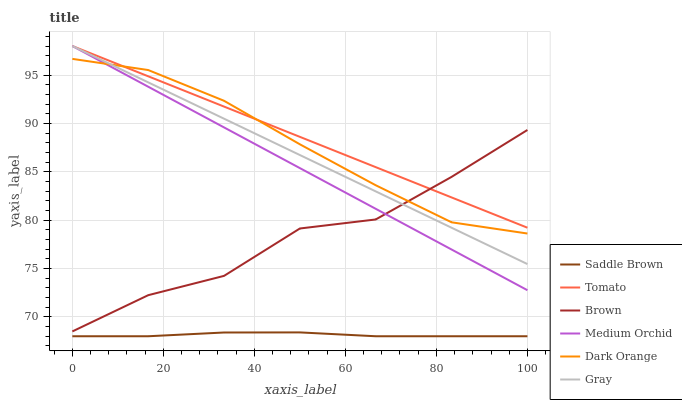
| xaxis_label | Saddle Brown | Tomato | Brown | Medium Orchid | Dark Orange | Gray |
 | --- | --- | --- | --- | --- | --- | --- |
 | 0 | 68 | 98 | 68.5 | 98 | 96.7 | 98 |
 | 16.7 | 68 | 94.9 | 72.2 | 93.8 | 95.5 | 94.2 |
 | 33.3 | 68.4 | 91.7 | 74.2 | 89.6 | 92.3 | 90.5 |
 | 50 | 68.4 | 88.6 | 79.1 | 85.4 | 87.8 | 86.7 |
 | 66.7 | 68 | 85.5 | 80.1 | 81.2 | 83.6 | 83 |
 | 83.3 | 68 | 82.3 | 84.5 | 77 | 79.8 | 79.2 |
 | 100 | 68 | 79.2 | 89.3 | 72.8 | 78.6 | 75.5 |